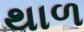
થાળ